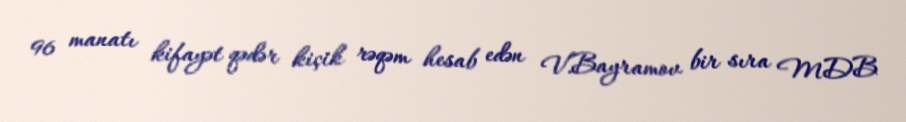
96 manatı kifayət qədər kiçik rəqəm hesab edən V.Bayramov bir sıra MDB